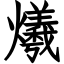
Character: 爔